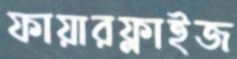
ফায়ারফ্লাইজ